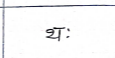
मजकूर: थः